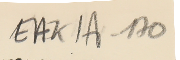
EAK1A - 170